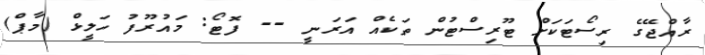
ރާއްޖޭގެ ރިސޯޓަކަށް ޓޫރިސްޓުން ތަކެއް އަރަނީ -- ފޮޓޯ: މައުރޫފު ހަލީޅް (މާޕް)